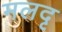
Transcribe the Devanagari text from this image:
मलदृ